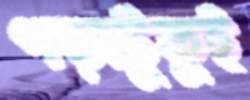
পড়াটুকুই